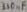
Text: 330µF